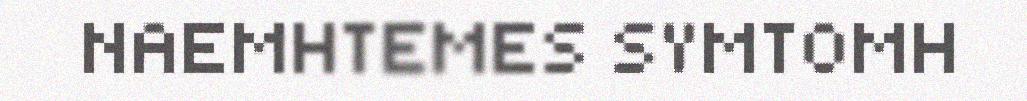
NAEMHTEMES SYMTOMH